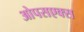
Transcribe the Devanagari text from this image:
ओपसएक्स